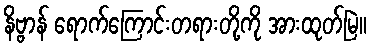
နိဗ္ဗာန် ရောက်ကြောင်းတရားတို့ကို အားထုတ်မြဲ။